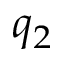
q _ { 2 }